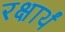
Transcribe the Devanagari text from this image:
रक्षार्थं